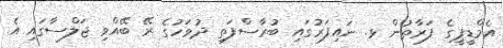
އެމްޑީޕީގެ ފަރާތުން ޅ. ނައިފަރުގައި ބުރާސްފަތި ދުވަހުގެ ރޭ ބޭއްވި ޖަލްސާގައި އެ